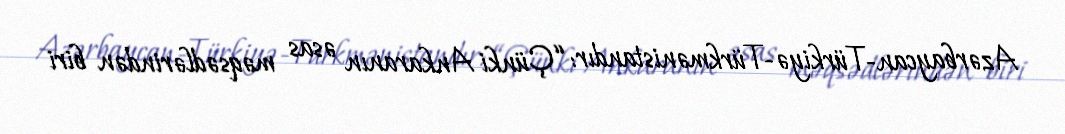
Azərbaycan-Türkiyə-Türkmənistandır: “Çünki Ankaranın əsas məqsədlərindən biri